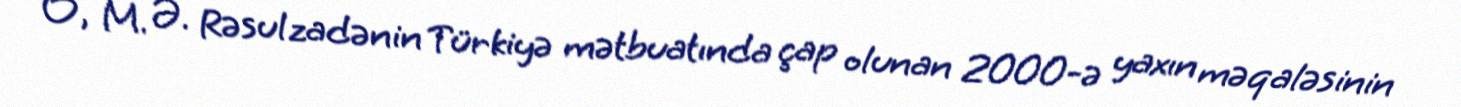
O, M. Ə. Rəsulzadənin Türkiyə mətbuatında çap olunan 2000-ə yaxın məqaləsinin